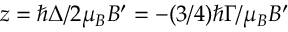
z = \hbar \Delta / 2 \mu _ { B } B ^ { \prime } = - ( 3 / 4 ) \hbar \Gamma / \mu _ { B } B ^ { \prime }